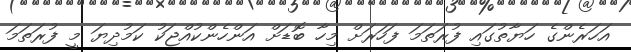
އަހަރެންގެ ހަޔާތުގައި ފުރަތަމަ ފަހަރަށް މިހާ ބޮޑަށް އަންހެންކުއްޖަކު ކަމުދިޔަ މީ ފުރަތަމަ